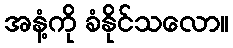
အနံ့ကို ခံနိုင်သလော။